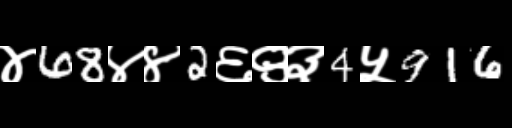
Text: ४68४४2६९३4५916